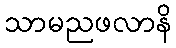
သာမညဖလာနိ